Indian journal of veterinary science and animal husbandry - Volumes 15-17, 1948-1951
Year: 1948
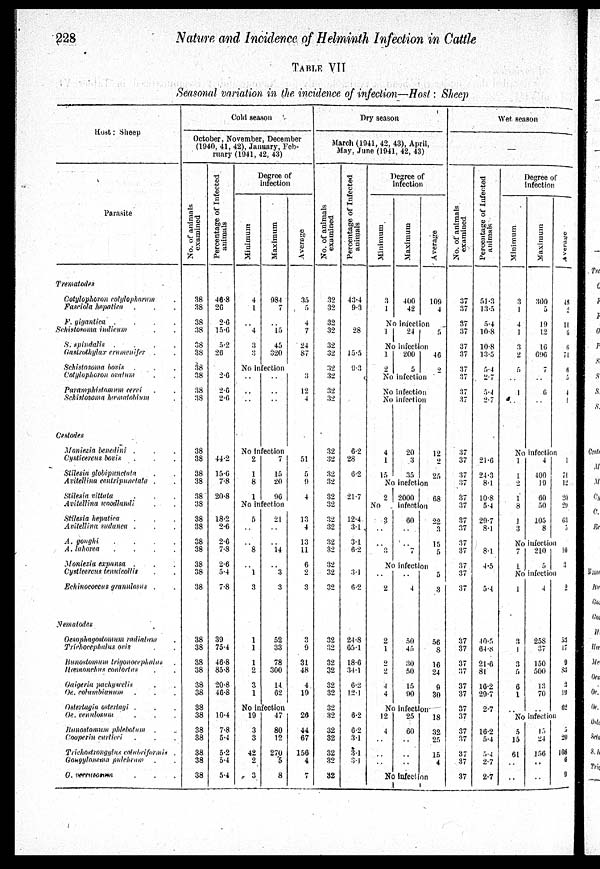
228
Nature and Incidence of Helminth Infection in Cattle
TABLE VII
Seasonal variation in the incidence of infection—Host : Sheep
Host : Sheep
Parasite
Trematodes
Cotylophoron cotylophorum
Fasciola hepntica
F. gigantica
....
Schistosoma indicum
S. spindalis
....
Gastrothylax crumenifer .
Schistosoma bovis
Cotylophoron ovalum
Paramphistomum cervi
Schistosoma huematoblium
Cestodes
Moniezia benedini .
Cysticercus bovis
Stilesia globipundata
Avitellina centripundata .
Stilesia vittata
Avitellina woodlandi
Stilesia hepatica
Avitellina sudanea .
A. goughi
....
A. lahorea
....
Moniezia expansa .
Cysticercus tenuicollis
Echinococcus granulosus .
Nematodes
Oesophagostomum radiatum
Trichocephalus ovis
Bunostomum trigonocephalus
Hæmonchus contortus
Gaigeria pachyscelis
Oe. columbianum
Ostertagia ostertagi .
Oe. venulosum
Bunostomum phlebotum .
Cooperin curticei
Trichostrongylus colubrifarmis .
Goxgylonema pulchrum
G. verrucosum
Cold season
October, November, December
(1940, 41, 42),January,Feb¬
ruary (1941, 42, 43)
No. of animals
examined
38
38
38
38
38
38
38
38
38
38
38
38
38
38
38
38
38
38
38
38
38
38
38
38
38
38
38
38
38
38
38
38
38
38
38
38
Percentage of Infected
animals
46.8
26
2.6
15.6
5.2
26
2.6
2.6
2.6
..
..
44.2
15.6
7.8
20.8
18.2
2.6
2.6
7.8
2.6
5.4
7.8
39
75.4
46.8
85.8
20.8
46.8
104
7.8
5.4
5.2
5.4
5.4
Degree of
infection
Minimum
4
1
..
4
3
3
Maximum
984
7
..
15
45
320
No infection
..
..
..
..
..
..
No infection
2
1
8
1
7
15
20
96
No infection
5
..
..
8
..
1
3
1
1
1
2
3
1
21
..
..
14
..
3
3
52
33
78
300
14
62
Ave r
a ge
35
5
4
7
24
87
3
12
4
51
5
9
4
13
4
13
11
6
2
3
3
9
31
48
4
19
No infection
19
3
3
42
2
3
47
80
12
270
5
8
29
44
67
156
4
7
Dry season
March (1941, 42, 43), April,
May, June, (1941, 42, 43)
No. of animals
examined
32
32
32
32
32
32
32
32
32
32
32
32
32
32
32
32
32
32
32
32
32
32
32
32
32
32
32
32
32
32
32
32
32
32
32
32
Percentage of Infected
animals
43.4
9.3
28
15.5
9.3
6.2
28
6.2
21.7
12.4
3.1
3.1
6.2
3.1
6.2
24.8
65.1
18.6
34.1
6.2
12.1
6.2
6.2
3.1
3.1
3.1
Degree of
infection
Minimum
3
1
Maximum
400
42
Average
109
4
No infection
1
24
5
No infection
1
2
200
5
46
2
No infection
No infection
No infection
4
1
15
20
3
35
12
2
25
No inefetion
2 2000
68
No
infection
3
..
..
3
60
..
..
7
22
3
15
5
No infection
..
2
2
1
2
2
4
4
..
4
50
45
30
50
15
90
5
3
56
8
16
24
9
30
No infection
12
4
..
..
..
25
60
..
..
..
18
32
25
15
4
No infection
Wet season
—
No. of animals
examined
37
37
37
37
37
37
37
37
37
37
37
37
37
37
37
37
37
37
37
37
37
37
37
37
37
37
37
37
37
37
37
37
37
37
37
37
Percentage of Infected
animals
51.3
13.5
5.4
10.8
10.8
13.5
54
2.7
5.1
2.7
21.6
24.3
8.1
10.8
5.4
29.7
8.1
8.1
4.5
5.4
40.5
64.8
21.6
81
16.2
29.7
2.7
16.2
5.4
5.4
2.7
2.7
Degree of
infection
Minimum
3
1
4
1
3
2
5
..
1
..
..
Maximum
300
5
19
12
16
696
7
..
6
..
..
Average
48
11
11
6
6
71
6
5
4
1
No infection
1
1
2
1
8
1
3
4
400
19
60
50
105
8
1
71
12
20
29
63
5
No infection
7
1
210
5
10
3
No infection
1
3
1
3
5
6
1
..
4
258
37
150
500
13
70
..
2
53
17
9
83
3
19
62
No infection
5
15
61
..
..
15
24
156
..
..
5
20
108
6
9